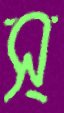
স্